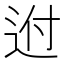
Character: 𨒕